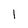
Character: l